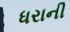
ધરાની